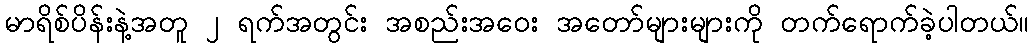
မာရိစ်ပိန်းနဲ့အတူ ၂ ရက်အတွင်း အစည်းအဝေး အတော်များများကို တက်ရောက်ခဲ့ပါတယ်။